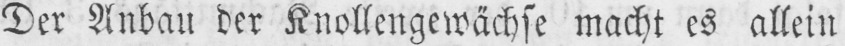
Der Anbau der Knollengewächse macht es allein